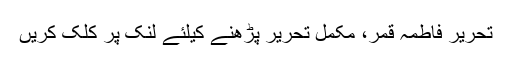
تحریر فاطمہ قمر، مکمل تحریر پڑھنے کیلئے لنک پر کلک کریں